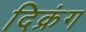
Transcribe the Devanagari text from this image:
दिक्रंग